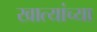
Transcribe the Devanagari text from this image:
खात्यांच्या